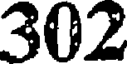
302